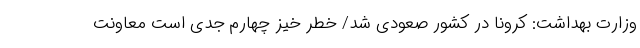
وزارت بهداشت: کرونا در کشور صعودی شد/ خطر خیز چهارم جدی است معاونت